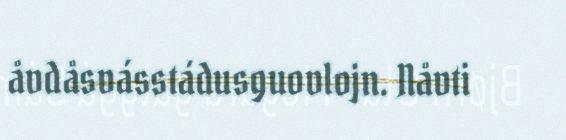
åvdåsvásstádusguovlojn. Nåvti